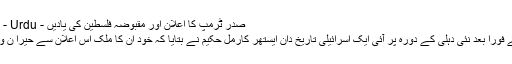
صدر ٹرمپ کا اعلان اور مقبوضہ فلسطین کی یادیں - The Wire - Urdu
اس اعلان کے فوراً بعد نئی دہلی کے دورہ پر آئی ایک اسرائیلی تاریخ دان ایستھر کارمل حکیم نے بتایا کہ خود ان کا ملک اس اعلان سے حیرا ن و پریشان ہے۔